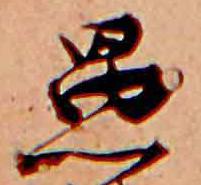
愚